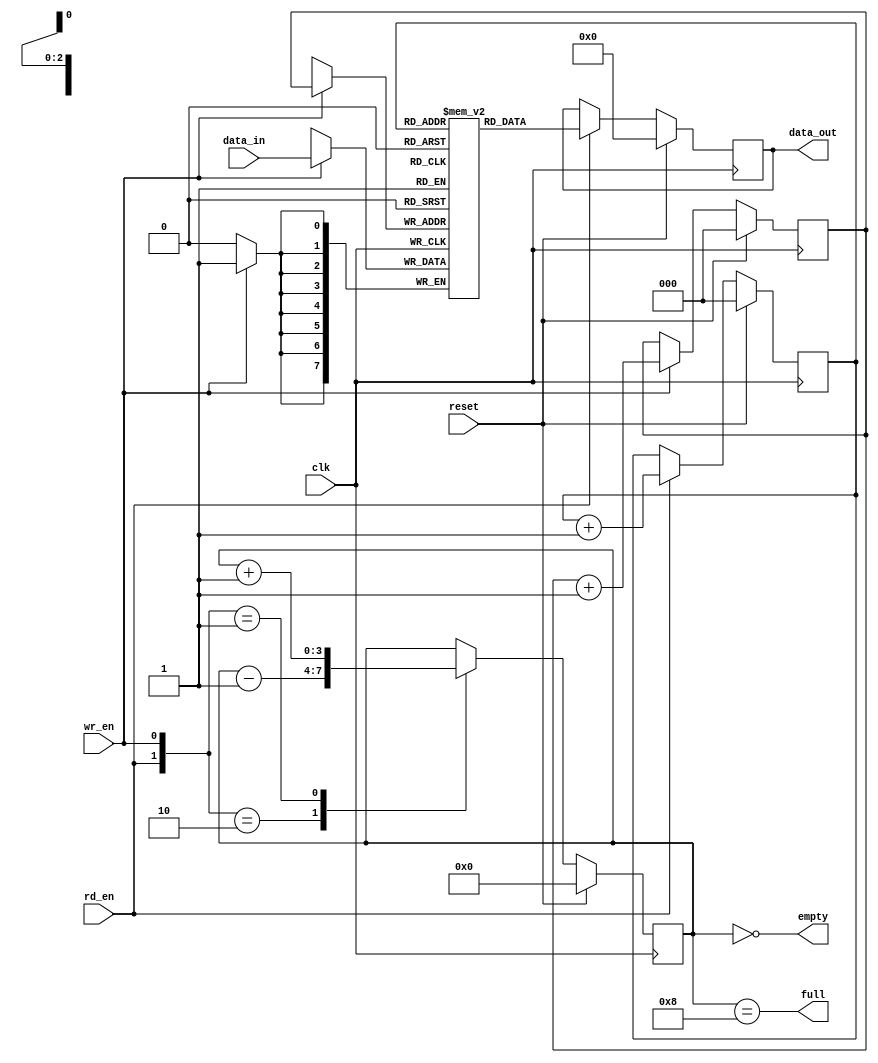
module syn_fifo
   #(
      parameter DATA_WIDTH = 8,
      parameter LOG2_DEPTH = 3 // i.e. fifo depth=2**LOG2_DEPTH
   )
   (
      input [DATA_WIDTH-1:0]  data_in,
      input wr_en,
      input rd_en,
      output reg [DATA_WIDTH-1:0] data_out,
      output full,
      output empty,
      input clk,
      input reset
   );
 
   parameter MAX_COUNT = 2**LOG2_DEPTH;
   reg   [LOG2_DEPTH-1 : 0]   rd_ptr;
   reg   [LOG2_DEPTH-1 : 0]   wr_ptr;
   reg   [DATA_WIDTH-1 : 0]   mem[MAX_COUNT-1 : 0];   //memory size: 2**LOG2_DEPTH
   reg   [LOG2_DEPTH : 0]     depth_cnt;
 
   always @(posedge clk) begin
      //$display("In fifo, data_in : %d, data_out : %d, full : %d", data_in,data_out,  full);
      //$display("In fifo, rd_en : %d, wr_en : %d",rd_en, wr_en);
      if(reset) begin
         wr_ptr <= 'h0;
         rd_ptr <= 'h0;
      end // end if
      else begin
         if(wr_en)begin
            wr_ptr <= wr_ptr+1;
         end
         if(rd_en)
            rd_ptr <= rd_ptr+1;
      end //end else
   end//end always
 
   assign empty= (depth_cnt=='h0);
   assign full = (depth_cnt==MAX_COUNT);
 
   //comment if you want a registered data_out
   //assign data_out = rd_en ? mem[rd_ptr]:'h0;
 
   always @(posedge clk) begin
      if (wr_en)
         mem[wr_ptr] <= data_in;
   end //end always
 
   //uncomment if you want a registered data_out
   always @(posedge clk) begin
      if (reset)
         data_out <= 'h0;
      else if (rd_en)
         data_out <= mem[rd_ptr];
   end
 
   always @(posedge clk) begin
      if (reset)
         depth_cnt <= 'h0;
      else begin
         case({rd_en,wr_en})
            2'b10    :  depth_cnt <= depth_cnt-1;
            2'b01    :  depth_cnt <= depth_cnt+1;
         endcase
      end //end else
   end //end always
 
endmodule